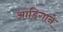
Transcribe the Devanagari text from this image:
आडिगाने